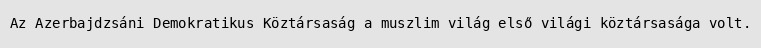
Az Azerbajdzsáni Demokratikus Köztársaság a muszlim világ első világi köztársasága volt.